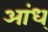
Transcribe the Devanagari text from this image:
आंध्